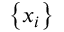
\left\lbrace x _ { i } \right\rbrace